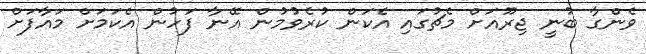
ވެންގާ ބުނީ ޖިރޫއަށް މެޗުގައި އެކަން ކުރެވުމުން އޭނާ ފަހުން އެކަމަށް މައާފަށް